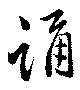
誦